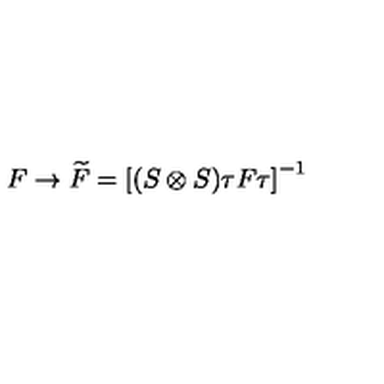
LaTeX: F \rightarrow \widetilde { F } = \left[ ( S \otimes S ) \tau F \tau \right] ^ { - 1 }